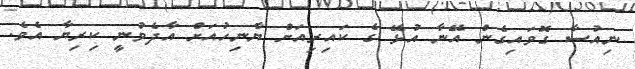
ނިއުސާ ގޮވައިގެން އޭނާ އުޅޭ ގެ ކައިރިއަށް ޔާނިހުއަށް އާދެވުނީ ކިރިޔާ އެވެ.